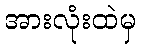
အားလုံးထဲမှ